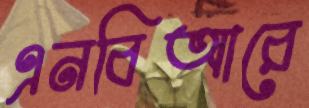
এনবিআরে